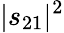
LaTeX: |s_{21}|^{2}